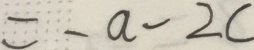
= - a - 2 c